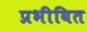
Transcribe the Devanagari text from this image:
प्रभीवित